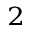
^ { 2 }